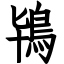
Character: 鴇